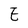
Character: E